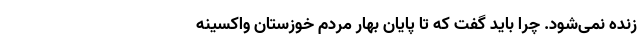
زنده نمی‌شود. چرا باید گفت که تا پایان بهار مردم خوزستان واکسینه